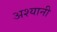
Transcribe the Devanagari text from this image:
अश्यानी